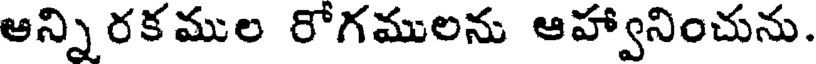
ఆన్ని రక ముల రోగములను ఆహ్వానించును.